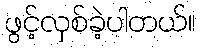
ဖွင့်လှစ်ခဲ့ပါတယ်။